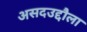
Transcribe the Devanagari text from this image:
असदउद्दौला